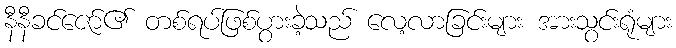
နီနီခင်ဇော်၏ တစ်ရပ်ဖြစ်ပွားခဲ့သည် လေ့လာခြင်းများ အားသွင်းရုံများ